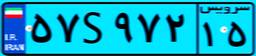
۵۷S۹۷۲۱۵